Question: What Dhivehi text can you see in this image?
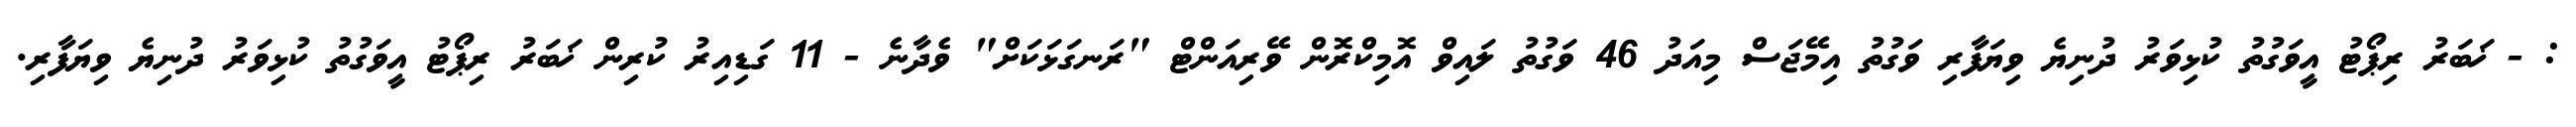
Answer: : - ޚަބަރު ރިޕޯޓު އީވަގުތު ކުޅިވަރު ދުނިޔެ ވިޔަފާރި ވަގުތު އިމޭޖަސް މިއަދު 46 ވަގުތު ލައިވް އޮމިކްރޮން ވޭރިއަންޓް "ރަނގަޅަކަށް" ވެދާނެ - 11 ގަޑިއިރު ކުރިން ޚަބަރު ރިޕޯޓު އީވަގުތު ކުޅިވަރު ދުނިޔެ ވިޔަފާރި.